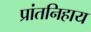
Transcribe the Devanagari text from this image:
प्रांतनिहाय